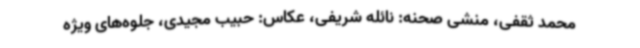
محمد ثقفی، منشی صحنه: نائله شریفی، عکاس: حبیب مجیدی، جلوه‌های ویژه